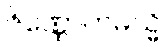
ဇိဏ္ဏောဟမသ္မိ